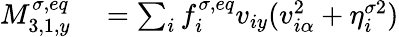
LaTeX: \begin{array}{r}{\begin{array}{rl}{M_{3,1,y}^{\sigma,eq}}&{{}=\sum_{i}f_{i}^{\sigma,eq}v_{iy}(v_{i\alpha}^{2}+\eta_{i}^{\sigma 2})}\end{array}}\end{array}